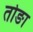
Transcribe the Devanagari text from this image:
तोङा